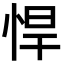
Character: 悍